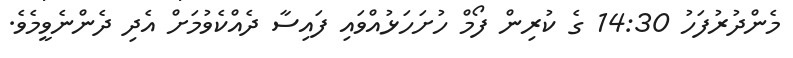
މެންދުރުފަހު 14:30 ގެ ކުރިން ފޯމް ހުށަހަޅުއްވައި ފައިސާ ދެއްކެވުމަށް އެދި ދެންނެވީމެވެ.